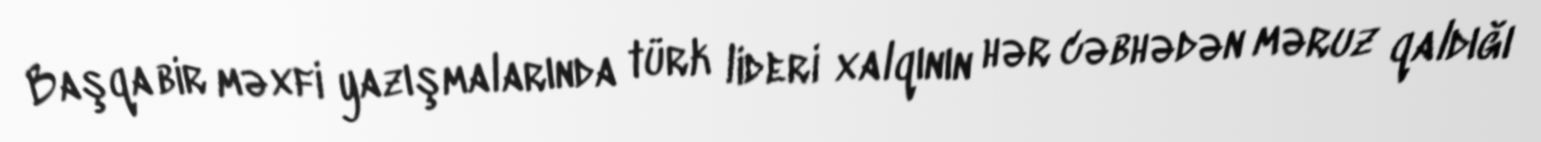
Başqa bir məxfi yazışmalarında türk lideri xalqının hər cəbhədən məruz qaldığı